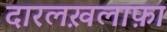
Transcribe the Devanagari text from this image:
दारलख़लाफ़ा